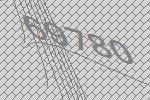
69780